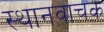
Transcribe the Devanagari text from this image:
स्थानवाचक